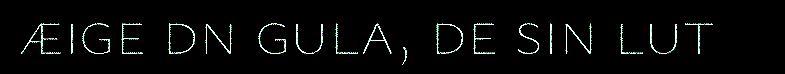
æige dn gula, de sin lut